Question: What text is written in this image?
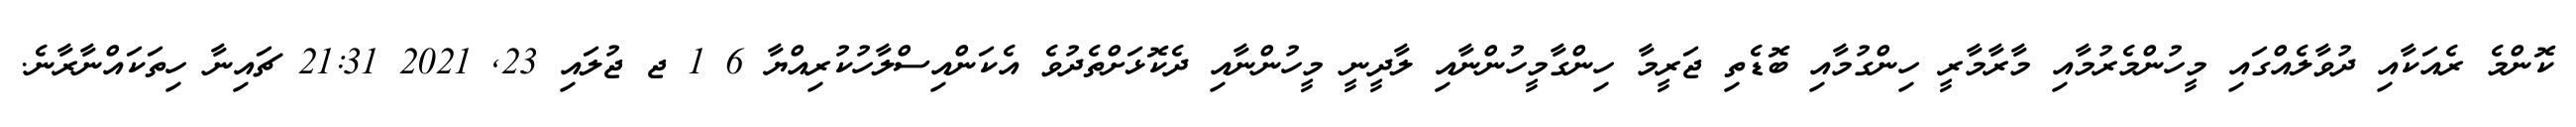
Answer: ކޮންމެ ރެއަކާއި ދުވާލެއްގައި މީހުންމެރުމާއި މާރާމާރީ ހިންގުމާއި ބޮޑެތި ޖަރީމާ ހިންގާމީހުންނާއި ލާދީނީ މީހުންނާއި ދެކޮޅަށްތެދުވެ އެކަންއިސްލާހުކުރިއްޔާ 6 1 ޖ ޖުލައި 23, 2021 21:31 ޗައިނާ ހިތަކައްނާރާނެ.